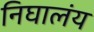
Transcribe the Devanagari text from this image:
निघालंंय